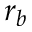
r _ { b }